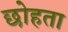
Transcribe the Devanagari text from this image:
छोहता